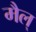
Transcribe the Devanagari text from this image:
मैल्